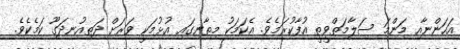
އަހަންނާއި މަންމަ ސަލާމަތްވީތީ އުފާކުރަމެވެ. އެކަމަކު މިތާނގައި އުޅުމަކީ ވަރަށް ދަތިއުނދަގޫ ކަމެކެވެ.